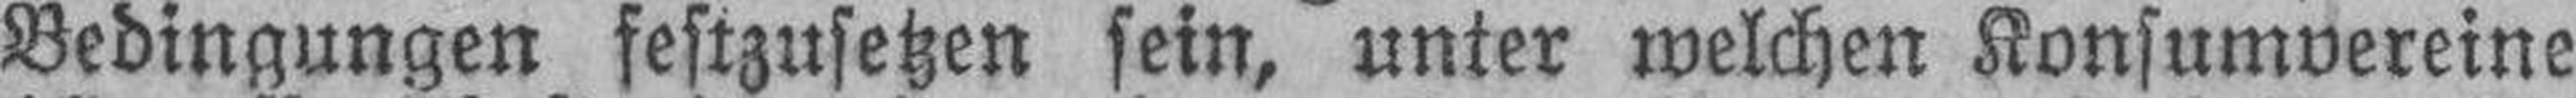
Bedingungen festzusetzen sein, unter welchen Konsumvereine